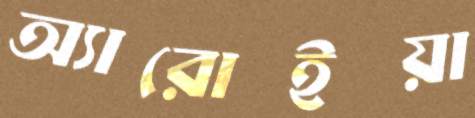
অ্যারোইয়া